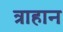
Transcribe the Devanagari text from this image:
त्राहान